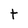
Character: t